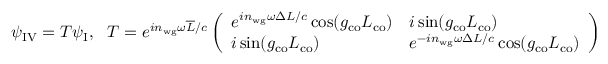
\psi _ { \mathrm { I V } } = T \psi _ { \mathrm { I } } , \ \ T = e ^ { i n _ { \mathrm { w g } } \omega \overline { { L } } / c } \left( \begin{array} { l l } { e ^ { i n _ { \mathrm { w g } } \omega \Delta L / c } \cos ( g _ { \mathrm { c o } } L _ { \mathrm { c o } } ) } & { i \sin ( g _ { \mathrm { c o } } L _ { \mathrm { c o } } ) } \\ { i \sin ( g _ { \mathrm { c o } } L _ { \mathrm { c o } } ) } & { e ^ { - i n _ { \mathrm { w g } } \omega \Delta L / c } \cos ( g _ { \mathrm { c o } } L _ { \mathrm { c o } } ) } \end{array} \right)